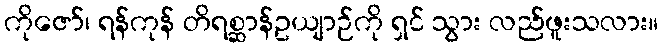
ကိုဇော်၊ ရန်ကုန် တိရစ္ဆာန်ဥယျာဉ်ကို ရှင် သွား လည်ဖူးသလား။